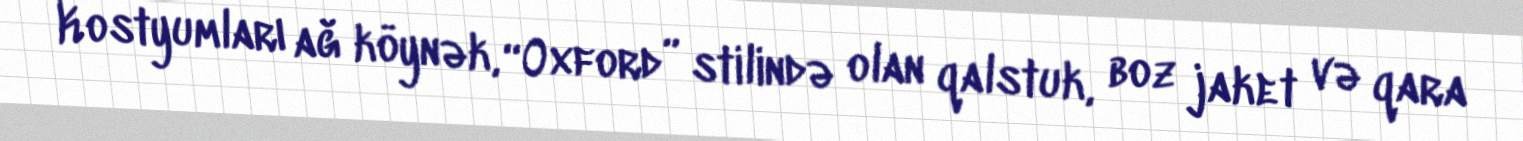
Kostyumları ağ köynək, “Oxford” stilində olan qalstuk, boz jaket və qara